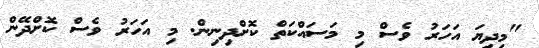
"މިދިޔަ އަހަރު ވެސް މި މަސައްކަތް ކޮށްދިނިން. މި އަހަރު ވެސް ކޮށްދޭން